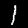
Digit: 1